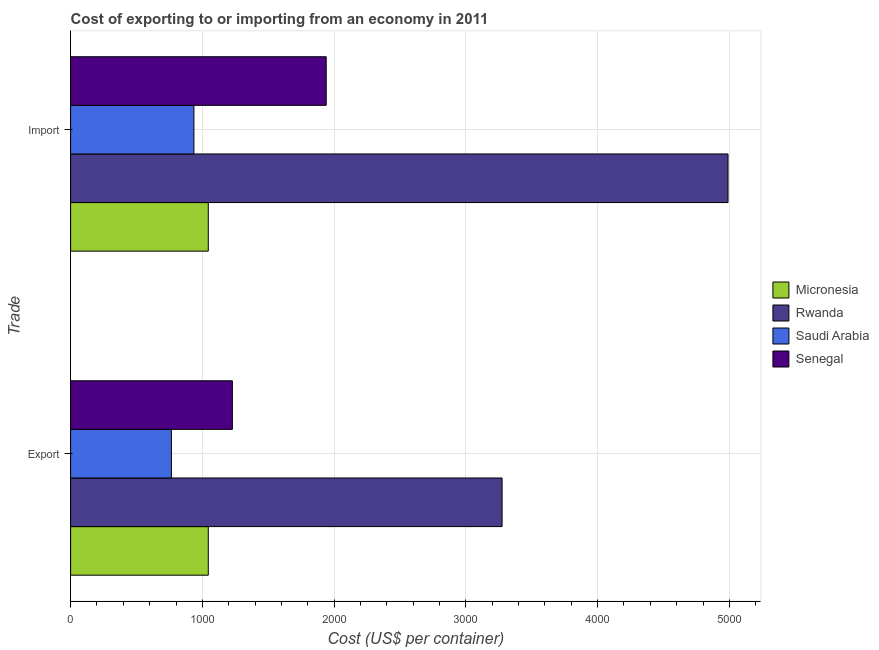
| Trade | Micronesia | Rwanda | Saudi Arabia | Senegal |
 | --- | --- | --- | --- | --- |
 | Export | 1.04e+03 | 3.28e+03 | 765 | 1.23e+03 |
 | Import | 1.04e+03 | 4.99e+03 | 936 | 1.94e+03 |